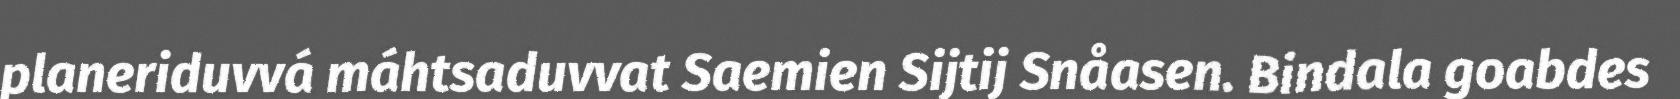
planeriduvvá máhtsaduvvat Saemien Sijtij Snåasen. Bindala goabdes